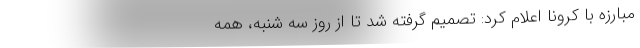
مبارزه با کرونا اعلام کرد: تصمیم گرفته شد تا از روز سه شنبه، همه